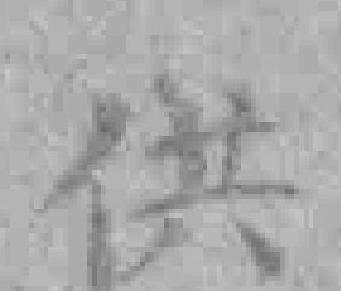
供